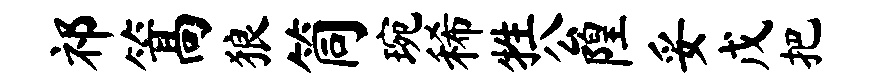
祁篙狼筒琬稀牲公隍妥戊把